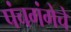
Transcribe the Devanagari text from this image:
पंचगंगेचे